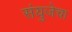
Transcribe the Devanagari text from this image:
संयुजेचा